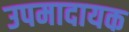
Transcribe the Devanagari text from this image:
उपमादायक